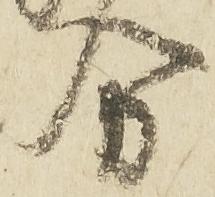
分